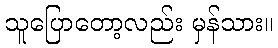
သူပြောတော့လည်း မှန်သား။